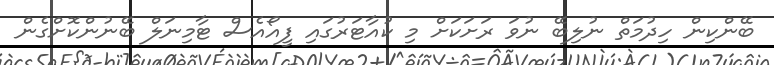
ބޭންކިން ހިދުމަތް ނުލިބޭ ނުވަ ރަށަކަަށް މި ކުއާޓަރުގައި ފީއޯއެސް ޓާމިނަލް ބޭނުންކޮށްގެން